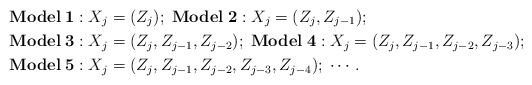
LaTeX: \begin{align*}&{\bf Model}\;{\bf1:}\;X_{j}=(Z_{j});\;{\bf Model}\;{\bf2:}\;X_{j}=(Z_{j},Z_{j-1}); \\&{\bf Model}\;{\bf3:}\;X_{j}=(Z_{j},Z_{j-1},Z_{j-2});\;{\bf Model}\;{\bf4:}\;X_{j}=(Z_{j},Z_{j-1},Z_{j-2},Z_{j-3}); \\&{\bf Model}\;{\bf5:}\;X_{j}=(Z_{j},Z_{j-1},Z_{j-2},Z_{j-3},Z_{j-4});\;\cdots.\end{align*}